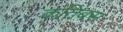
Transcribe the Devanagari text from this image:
कतिबस